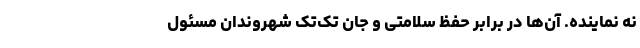
نه نماینده. آن‌ها در برابر حفظ سلامتی و جان تک‌تک شهروندان مسئول